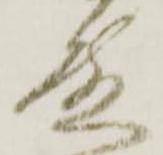
殿